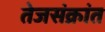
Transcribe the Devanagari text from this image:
तेजसंक्रांत